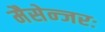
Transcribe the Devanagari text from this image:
मैसेन्जरः